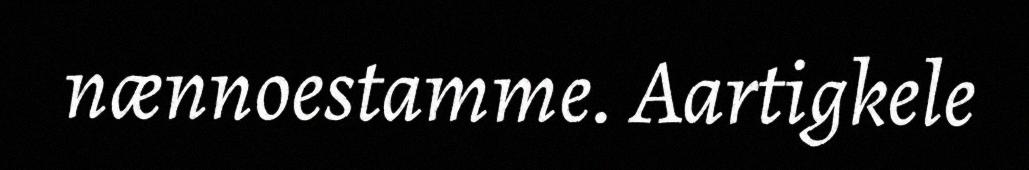
nænnoestamme. Aartigkele